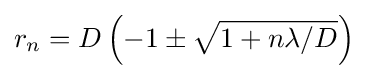
r_{n}=D\left(-1\pm {\sqrt {1+n\lambda /D}}\right)